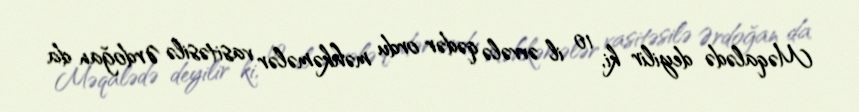
Məqalədə deyilir ki, 10 il əvvələ qədər ordu məhkəmələr vasitəsilə Ərdoğan da